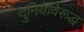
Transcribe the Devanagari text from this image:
दुनियेविरूद्ध